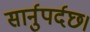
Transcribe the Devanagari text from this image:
सार्नुपर्दछ।